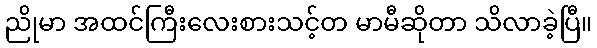
ညိုမာ အထင်ကြီးလေးစားသင့်တ မာမီဆိုတာ သိလာခဲ့ပြီ။